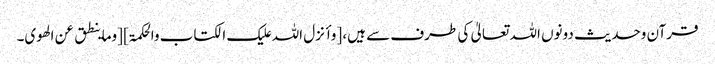
قرآن وحدیث دونوں اللہ تعالیٰ کی طرف سے ہیں، [وأنزل اللہ علیک الکتاب والحکمۃ] [وماینطق عن الھوی۔